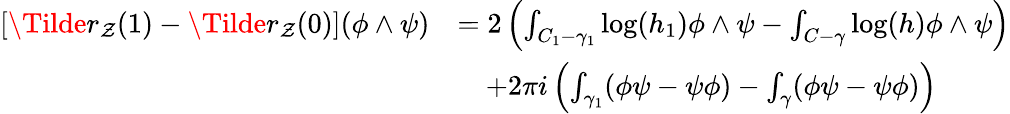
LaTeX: \begin{array}{rl}{[\Tilde{r}_{\mathcal Z}(1)-\Tilde{r}_{\mathcal Z}(0)](\phi\wedge\psi)}&{=2\left(\int_{C_{1}-\gamma_{1}}\log(h_{1})\phi\wedge\psi-\int_{C-\gamma}\log(h)\phi\wedge\psi\right)}\\ &{\quad+2\pi i\left(\int_{\gamma_{1}}(\phi\psi-\psi\phi)-\int_{\gamma}(\phi\psi-\psi\phi)\right)}\end{array}